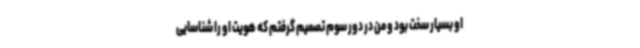
او بسیار سخت بود و من در دور سوم تصمیم گرفتم که هویت او را شناسایی